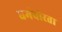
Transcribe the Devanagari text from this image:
धर्मवीरता